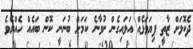
ދެކޮޅަށް ޒާތީ ފިޔަވަޅެއް އަޅައިގެން ނުވާނެ ކަމަށް ބުނަނީ ކޮން ބައެއް ހެއްޔެވެ